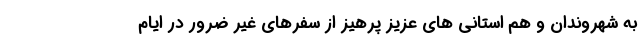
به شهروندان و هم استانی های عزیز پرهیز از سفرهای غیر ضرور در ایام